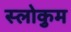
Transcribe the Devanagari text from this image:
स्लोकुम